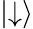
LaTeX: \left|\downarrow\right\rangle